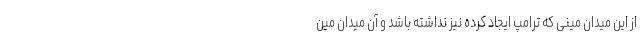
از این میدان مینی که ترامپ ایجاد کرده نیز نداشته باشد و آن میدان مین